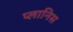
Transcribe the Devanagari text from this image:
प्लानिस